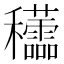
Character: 𥤜